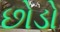
છોડો